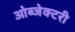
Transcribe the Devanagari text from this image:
ओब्जेक्टरी